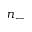
n _ { - }